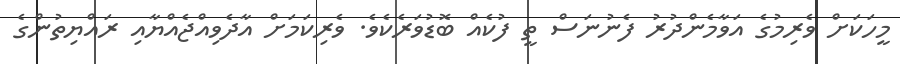
މީހަކަށް ވެރިމުގެ އަވާމެންދުރު ފެނުނަސް ތީ ފުކެއް ބޮޑުވަރެކެވެ. ވެރިކަމަށް އާދެވިއްޖެއްޔާއި ރައްޔިތުންގެ